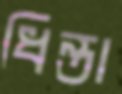
ধিন্তা